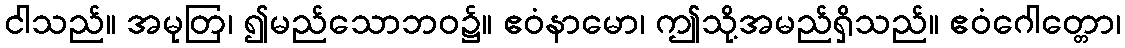
ငါသည်။ အမုတြ၊ ၍မည်သောဘဝ၌။ ဧဝံနာမော၊ ဤသို့အမည်ရှိသည်။ ဧဝံဂေါတ္တော၊